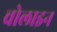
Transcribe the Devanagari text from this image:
चोलाइन